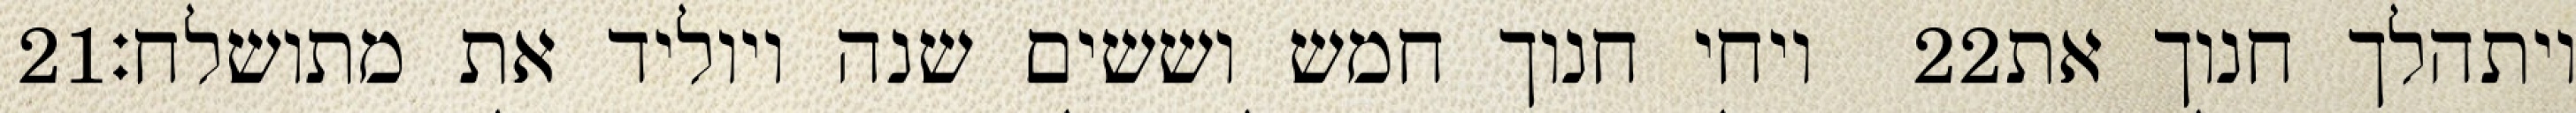
‎21‏ ויחי חנוך חמש וששים שנה ויוליד את מתושלח׃ ‎22‏ ויתהלך חנוך את